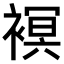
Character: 𧜀